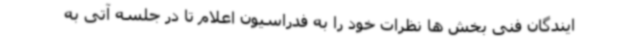
ایندگان فنی بخش ها نظرات خود را به فدراسیون اعلام تا در جلسه آتی به